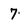
Character: 7